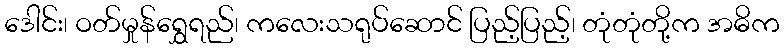
ဒေါင်း၊ ဝတ်မှုန်ရွှေရည်၊ ကလေးသရုပ်ဆောင် ပြည့်ပြည့်၊ တုံတုံတို့က အဓိက